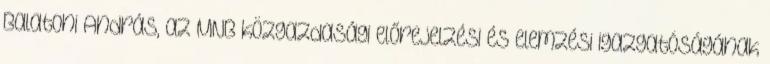
Balatoni András, az MNB közgazdasági előrejelzési és elemzési igazgatóságának